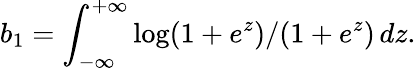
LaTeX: b_{1}=\int_{-\infty}^{+\infty}\log(1+e^{z})/(1+e^{z})\, dz.